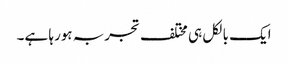
ایک بالکل ہی مختلف تجربہ ہورہا ہے۔